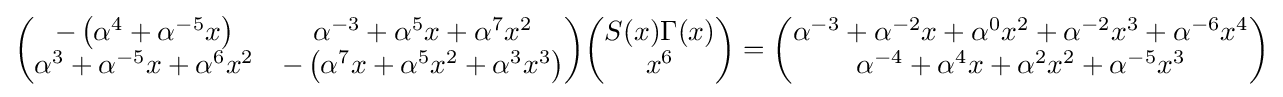
{\begin{pmatrix}-\left(\alpha ^{4}+\alpha ^{-5}x\right)&\alpha ^{-3}+\alpha ^{5}x+\alpha ^{7}x^{2}\\\alpha ^{3}+\alpha ^{-5}x+\alpha ^{6}x^{2}&-\left(\alpha ^{7}x+\alpha ^{5}x^{2}+\alpha ^{3}x^{3}\right)\end{pmatrix}}{\begin{pmatrix}S(x)\Gamma (x)\\x^{6}\end{pmatrix}}={\begin{pmatrix}\alpha ^{-3}+\alpha ^{-2}x+\alpha ^{0}x^{2}+\alpha ^{-2}x^{3}+\alpha ^{-6}x^{4}\\\alpha ^{-4}+\alpha ^{4}x+\alpha ^{2}x^{2}+\alpha ^{-5}x^{3}\end{pmatrix}}